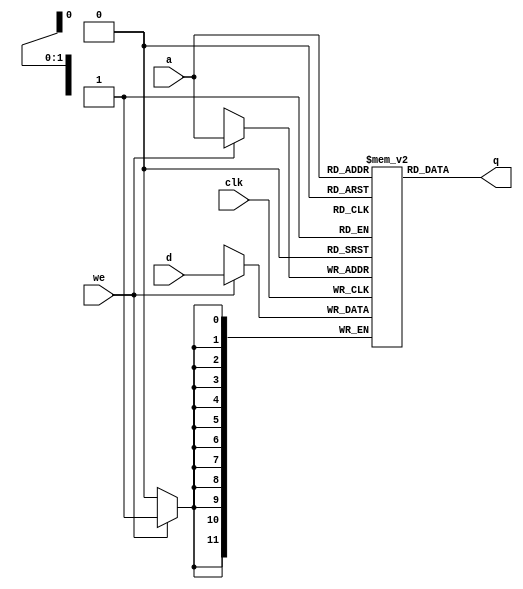
module stackram (
  q,
  a,
  d,
  we,
  clk
);

output [11:0] q;
input [1:0] a;
input [11:0] d;
input we, clk;

reg [11:0] mem [3:0];
wire [11:0] q;

assign q = mem[a];

always @(negedge clk )
begin
  if( we )
    mem[a] <= d;
end
endmodule